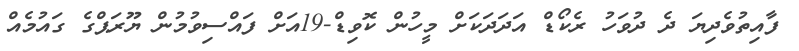
ފާއިތުވެދިޔަ ދެ ދުވަހު ރެކޯޑް އަދަދަކަށް މީހުން ކޮވިޑް-19އަށް ފައްސިވުމުން ޔޫރަޕްގެ ގައުމެއް